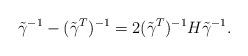
LaTeX: \begin{align*}\tilde \gamma^{-1}-(\tilde\gamma^T)^{-1}=2(\tilde\gamma^T)^{-1}H\tilde\gamma^{-1}.\end{align*}